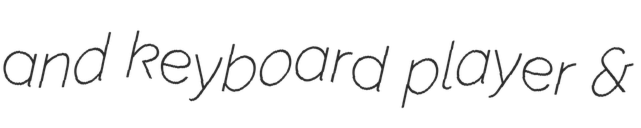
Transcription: and keyboard player &